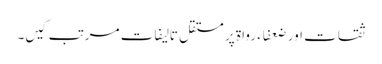
ثقات اور ضعفاء رواۃ پر مستقل تالیفات مرتب کیں­۔